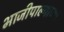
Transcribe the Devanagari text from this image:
भाजीपाल्याच्या